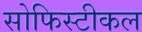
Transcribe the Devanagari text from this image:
सोफिस्टीकल